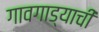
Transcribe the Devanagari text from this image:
गावगाड्याची